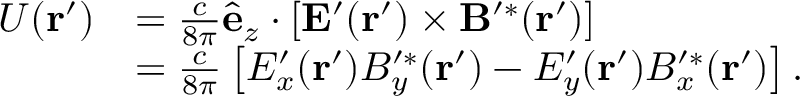
\begin{array} { r l } { U ( \mathbf { r } ^ { \prime } ) } & { = \frac { c } { 8 \pi } \hat { \mathbf { e } } _ { z } \cdot \left[ \mathbf { E } ^ { \prime } ( \mathbf { r } ^ { \prime } ) \times \mathbf { B } ^ { \prime * } ( \mathbf { r } ^ { \prime } ) \right] } \\ & { = \frac { c } { 8 \pi } \left[ E _ { x } ^ { \prime } ( \mathbf { r } ^ { \prime } ) B _ { y } ^ { \prime * } ( \mathbf { r } ^ { \prime } ) - E _ { y } ^ { \prime } ( \mathbf { r } ^ { \prime } ) B _ { x } ^ { \prime * } ( \mathbf { r } ^ { \prime } ) \right] . } \end{array}